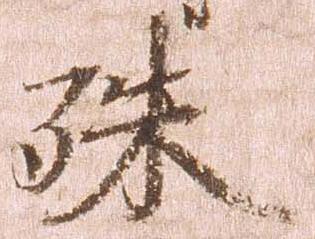
殊